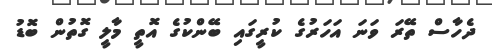
ދެހާސް ތޭރަ ވަނަ އަހަރުގެ ކުރީގައި ބޭންކުގެ އޮތީ މާލީ ގޮތުން ބޮޑު